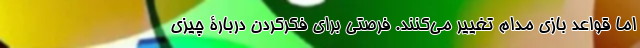
اما قواعد بازی مدام تغییر می‌کنند. فرصتی برای فکرکردن دربارۀ چیزی